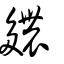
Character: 𨑊